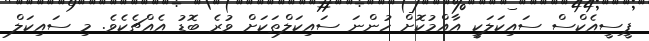
ޕީސީއެކްސް ސައިކަލަކީ އާއްމުކޮށް ހުންނަ ސައިކަލްތަކަށް ވުރެ ބޮޑު އެއްޗެކެވެ. މި ސައިކަލް